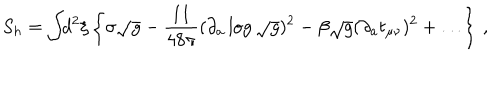
S _ { h } = \int \! \! d ^ { 2 } \xi \left\{ \sigma \sqrt { g } - \frac { 1 1 } { 4 8 \pi } ( \partial _ { a } \log \sqrt { g } ) ^ { 2 } - \beta \sqrt { g } ( \partial _ { a } t _ { \mu \nu } ) ^ { 2 } + \ldots \right\} \, ,